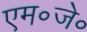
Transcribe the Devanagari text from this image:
एम॰जे॰